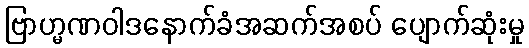
ဗြာဟ္မဏဝါဒနောက်ခံအဆက်အစပ် ပျောက်ဆုံးမှု